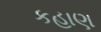
કહાણ